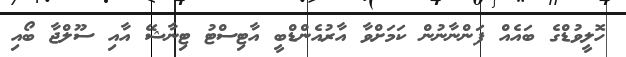
ހޮލީވުޑްގެ ބައެއް ފަންނާނުން ކަމަށްވާ އާރުއެންޑްބީ އާޓިސްޓު ޓިނާޝޭ އާއި ސޫލްޖާ ބޯއި